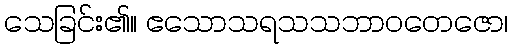
သေခြင်း၏။ ဧသောသရသသဘာဝတေဇော၊